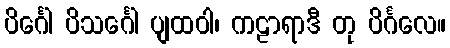
ပိင်္ဂေါ ပိသင်္ဂေါ ပျထဝါ၊ ကဠာရာဒီ တု ပိင်္ဂလေ။